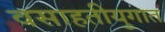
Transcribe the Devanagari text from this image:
वसाहतीयुगात